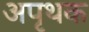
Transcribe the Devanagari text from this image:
अपृथक